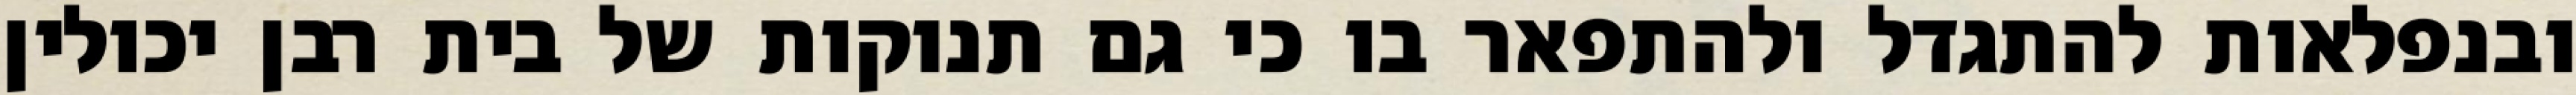
ובנפלאות להתגדל ולהתפאר בו כי גם תנוקות של בית רבן יכולין